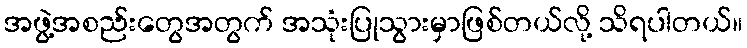
အဖွဲ့အစည်းတွေအတွက် အသုံးပြုသွားမှာဖြစ်တယ်လို့ သိရပါတယ်။